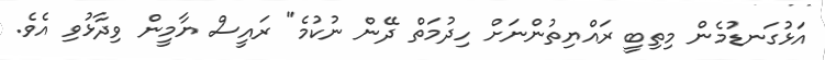
އަޅުގަނޑުމެން މިތިބީ ރައްޔިތުންނަށް ހިދުމަތް ދޭން ނުކުމެ" ރައީސް ޔާމީން ވިދާޅުވި އެވެ.